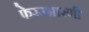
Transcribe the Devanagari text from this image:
फेरउभारणी